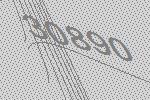
30890